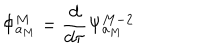
\Phi _ { a _ { M } } ^ { M } = \frac { d } { d \tau } \Psi _ { a _ { M } } ^ { M - 2 }